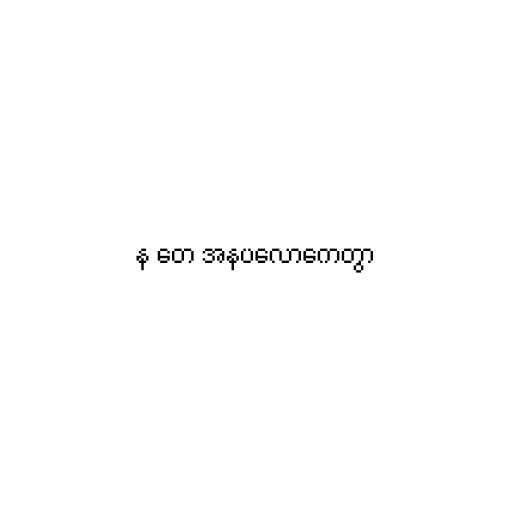
န တေ အနပလောကေတွာ